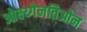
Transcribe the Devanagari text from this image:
ओक्ष्य्गेनतिओन